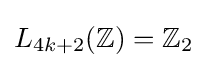
L_{4k+2}(\mathbb {Z} )=\mathbb {Z} _{2}